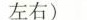
左右)